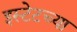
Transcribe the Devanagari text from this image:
इस्टेटच्या